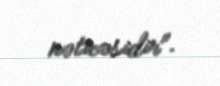
nəticəsidir".